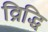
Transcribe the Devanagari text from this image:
व्रिद्धि